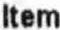
ITEM